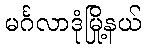
မင်္ဂလာဒုံမြို့နယ်